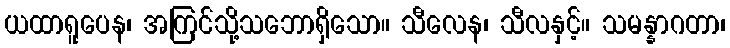
ယထာရူပေန၊ အကြင်သို့သဘောရှိသော။ သီလေန၊ သီလနှင့်။ သမန္နာဂတာ၊